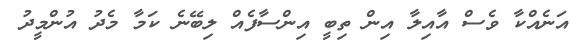
އަނެއްކާ ވެސް އާއިލާ އިން ތިބީ އިންސާފެއް ލިބޭނެ ކަމާ މެދު އުންމީދު